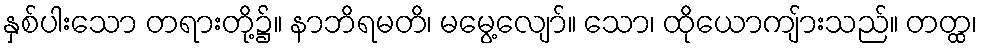
နှစ်ပါးသော တရားတို့၌။ နာဘိရမတိ၊ မမွေ့လျော်။ သော၊ ထိုယောကျ်ားသည်။ တတ္ထ၊